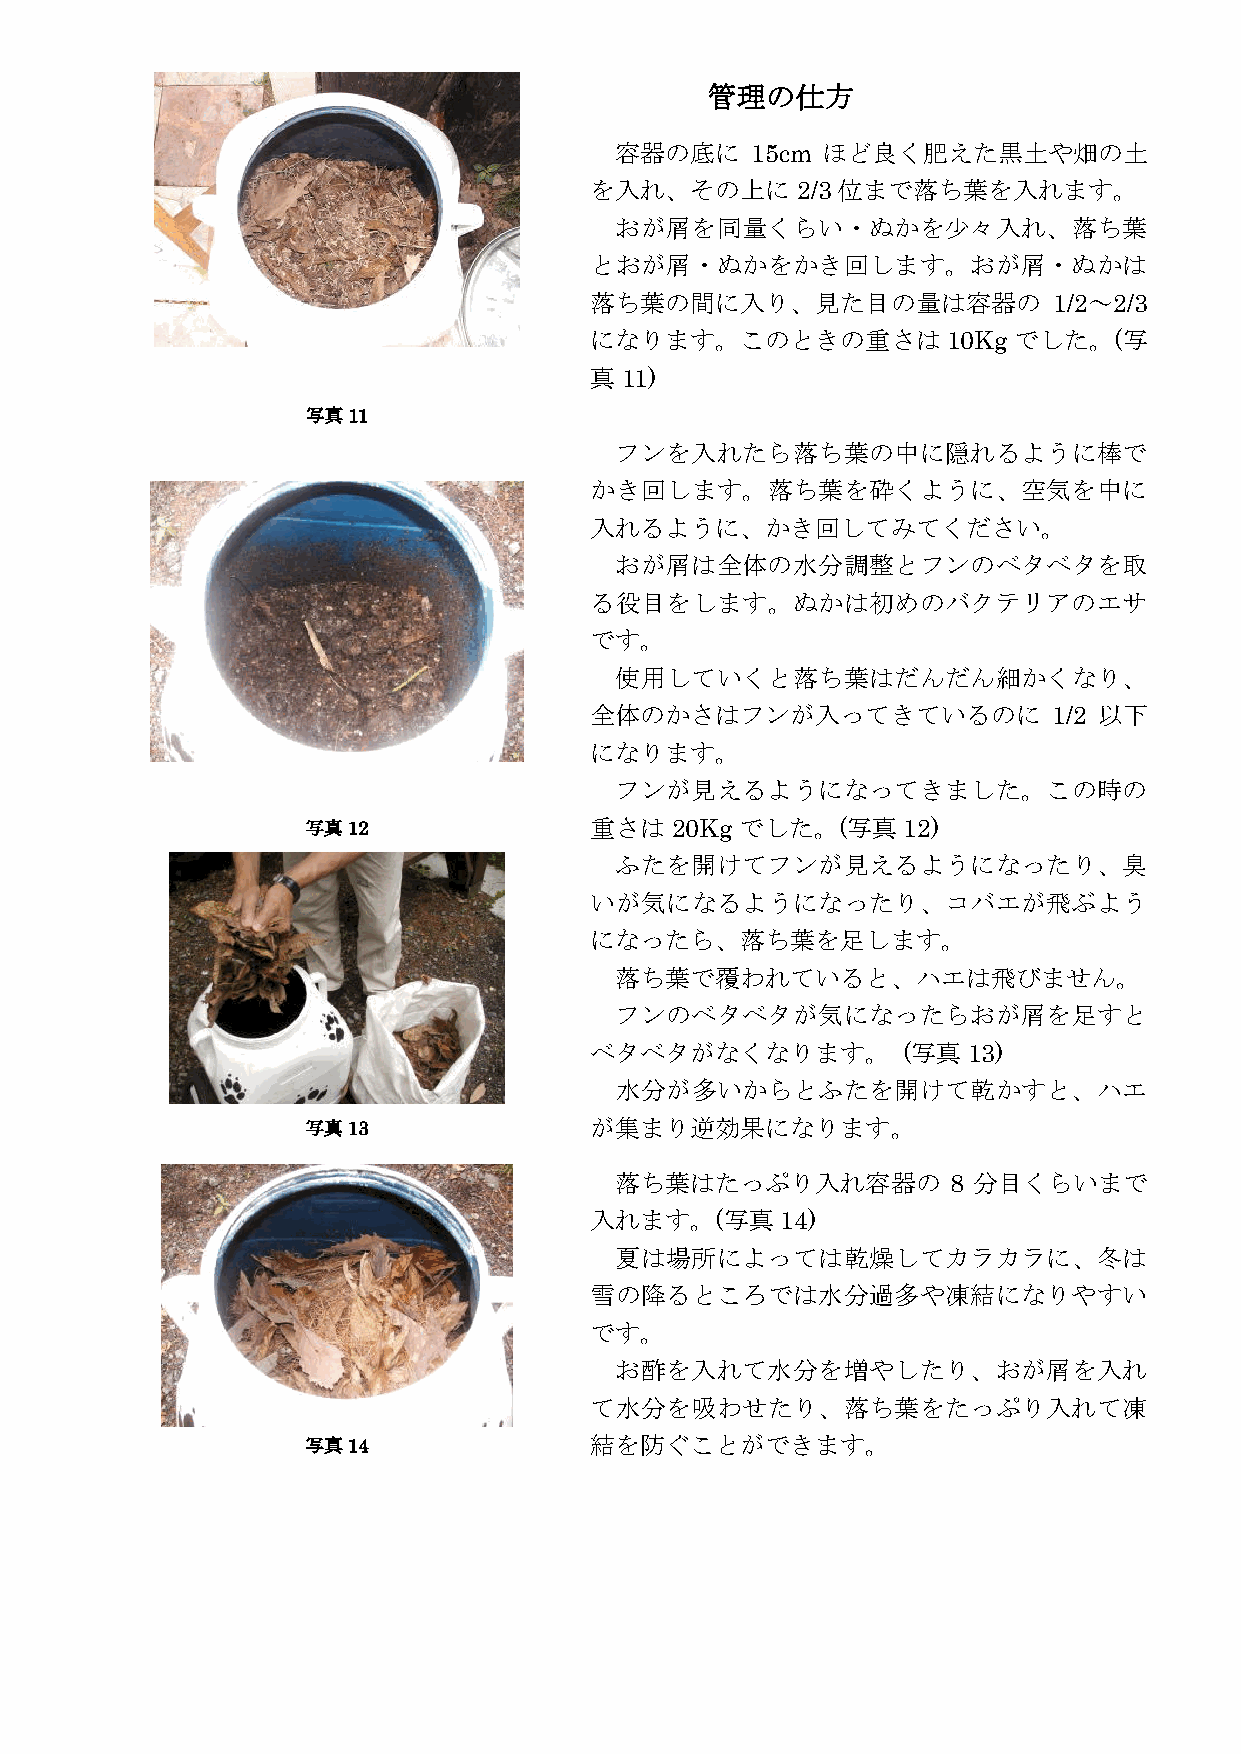
管理の仕方
 容器の底に    15cm ほど良く肥えた黒土や畑の土
 を入れ、その上に2/3位まで落ち葉を入れます。
 おが屑を同量くらい・ぬかを少々入れ、落ち葉
 とおが屑・ぬかをかき回します。おが屑・ぬかは
 落ち葉の間に入り、見た目の量は容器の             1/2～2/3
 になります。このときの重さは          10Kg でした。(写
 真11)
 写真11
 フンを入れたら落ち葉の中に隠れるように棒で
 かき回します。落ち葉を砕くように、空気を中に
 入れるように、かき回してみてください。
 おが屑は全体の水分調整とフンのベタベタを取
 る役目をします。ぬかは初めのバクテリアのエサ
 です。
 使用していくと落ち葉はだんだん細かくなり、
 全体のかさはフンが入ってきているのに             1/2 以下
 になります。
 フンが見えるようになってきました。この時の
 写真12               重さは20Kgでした。(写真12)
 ふたを開けてフンが見えるようになったり、臭
 いが気になるようになったり、コバエが飛ぶよう
 になったら、落ち葉を足します。
 落ち葉で覆われていると、ハエは飛びません。
 フンのベタベタが気になったらおが屑を足すと
 ベタベタがなくなります。         (写真13)
 水分が多いからとふたを開けて乾かすと、ハエ
 写真13               が集まり逆効果になります。
 落ち葉はたっぷり入れ容器の         8 分目くらいまで
 入れます。(写真14)
 夏は場所によっては乾燥してカラカラに、冬は
 雪の降るところでは水分過多や凍結になりやすい
 です。
 お酢を入れて水分を増やしたり、おが屑を入れ
 て水分を吸わせたり、落ち葉をたっぷり入れて凍
 写真14               結を防ぐことができます。